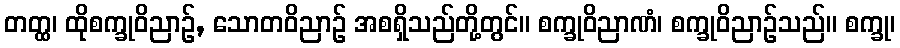
တတ္ထ၊ ထိုစက္ခုဝိညာဉ်, သောတဝိညာဉ် အစရှိသည်တို့တွင်။ စက္ခုဝိညာဏံ၊ စက္ခုဝိညာဉ်သည်။ စက္ခု၊